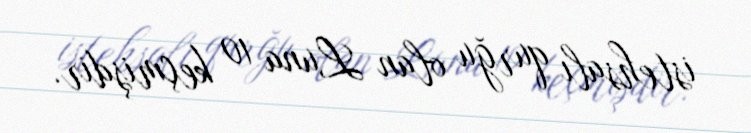
istehsalı qurğu olan Luna 10 keçmişdir.